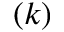
( k )